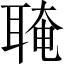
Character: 𦖈